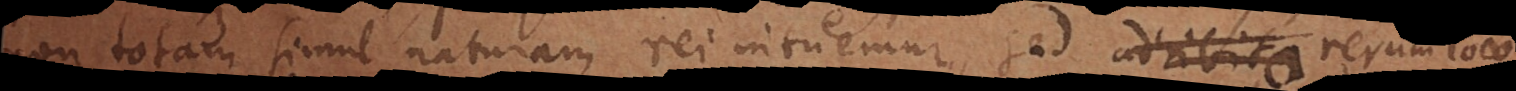
non totam simul naturam rei intuemur, sed rerum loco